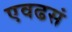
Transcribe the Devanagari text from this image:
एवढसं